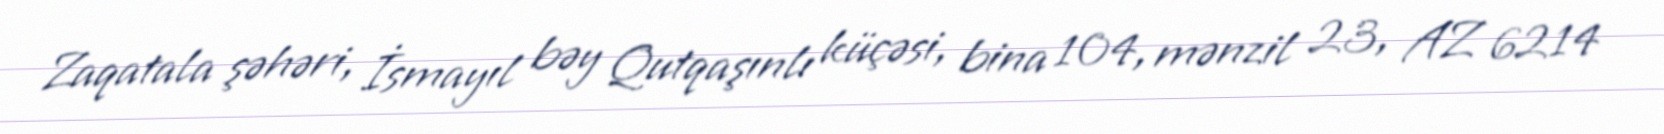
Zaqatala şəhəri, İsmayıl bəy Qutqaşınlı küçəsi, bina 104, mənzil 23, AZ 6214